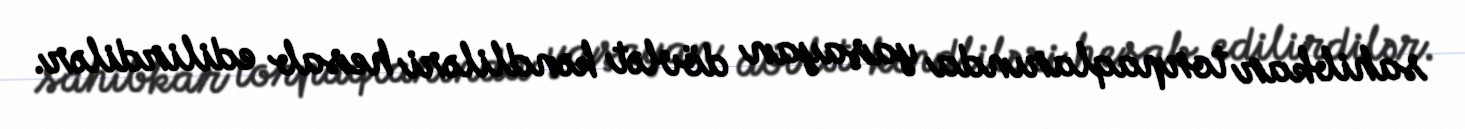
sahibkar torpaqlarında yaşayan dövlət kəndliləri hesab edilirdilər.